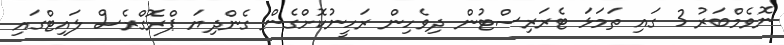
ނޮވެމްބަރު 3 ގައި ތަމަޅަ ޓެރަރިސްޓުން ދިވެހިން ރަހީނުކޮށްގެން ގެންދިޔަ ޕްރޮގްރެސް ލައިޓްގައި